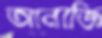
আনাজি